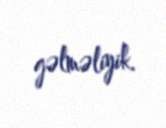
gəlməliyik.